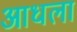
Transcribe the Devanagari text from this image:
आधला